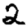
Digit: 2